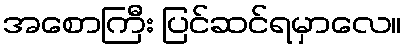
အစောကြီး ပြင်ဆင်ရမှာလေ။